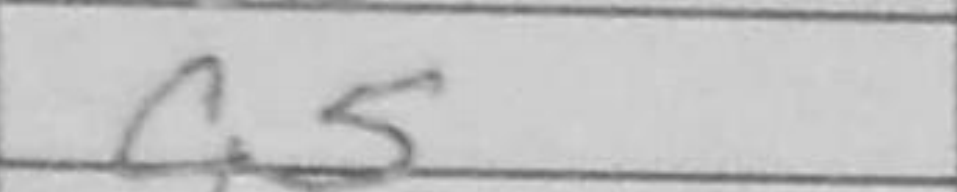
Transcription: c5